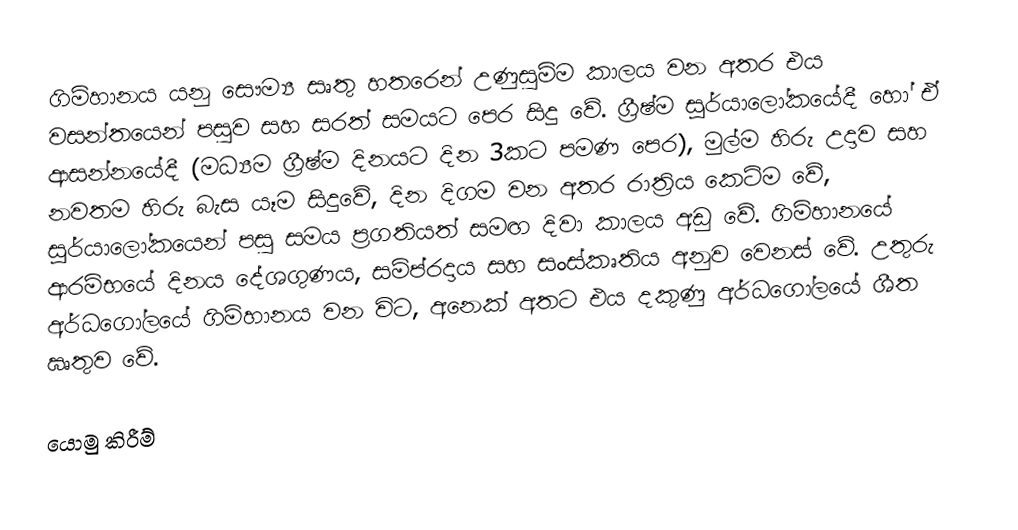
ගිම්හානය යනු සෞම්‍ය සෘතු හතරෙන් උණුසුම්ම කාලය වන අතර එය වසන්තයෙන් පසුව සහ සරත් සමයට පෙර සිදු වේ. ග්‍රීෂ්ම සූර්යාලෝකයේදී හෝ ඒ ආසන්නයේදී (මධ්‍යම ග්‍රීෂ්ම දිනයට දින 3කට පමණ පෙර), මුල්ම හිරු උදාව සහ නවතම හිරු බැස යෑම සිදුවේ, දින දිගම වන අතර රාත්‍රිය කෙටිම වේ, සූර්යාලෝකයෙන් පසු සමය ප්‍රගතියත් සමඟ දිවා කාලය අඩු වේ. ගිම්හානයේ ආරම්භයේ දිනය දේශගුණය, සම්ප්රදාය සහ සංස්කෘතිය අනුව වෙනස් වේ. උතුරු අර්ධගෝලයේ ගිම්හානය වන විට, අනෙක් අතට එය දකුණු අර්ධගෝලයේ ශීත ඍතුව  වේ.

යොමු කිරීම්